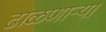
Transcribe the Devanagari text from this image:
ढाळणाऱ्या